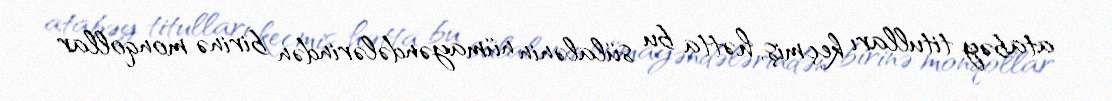
atabəy titulları keçmiş, hətta bu sülalənin nümayəndələrindən birinə monqollar